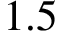
1 . 5